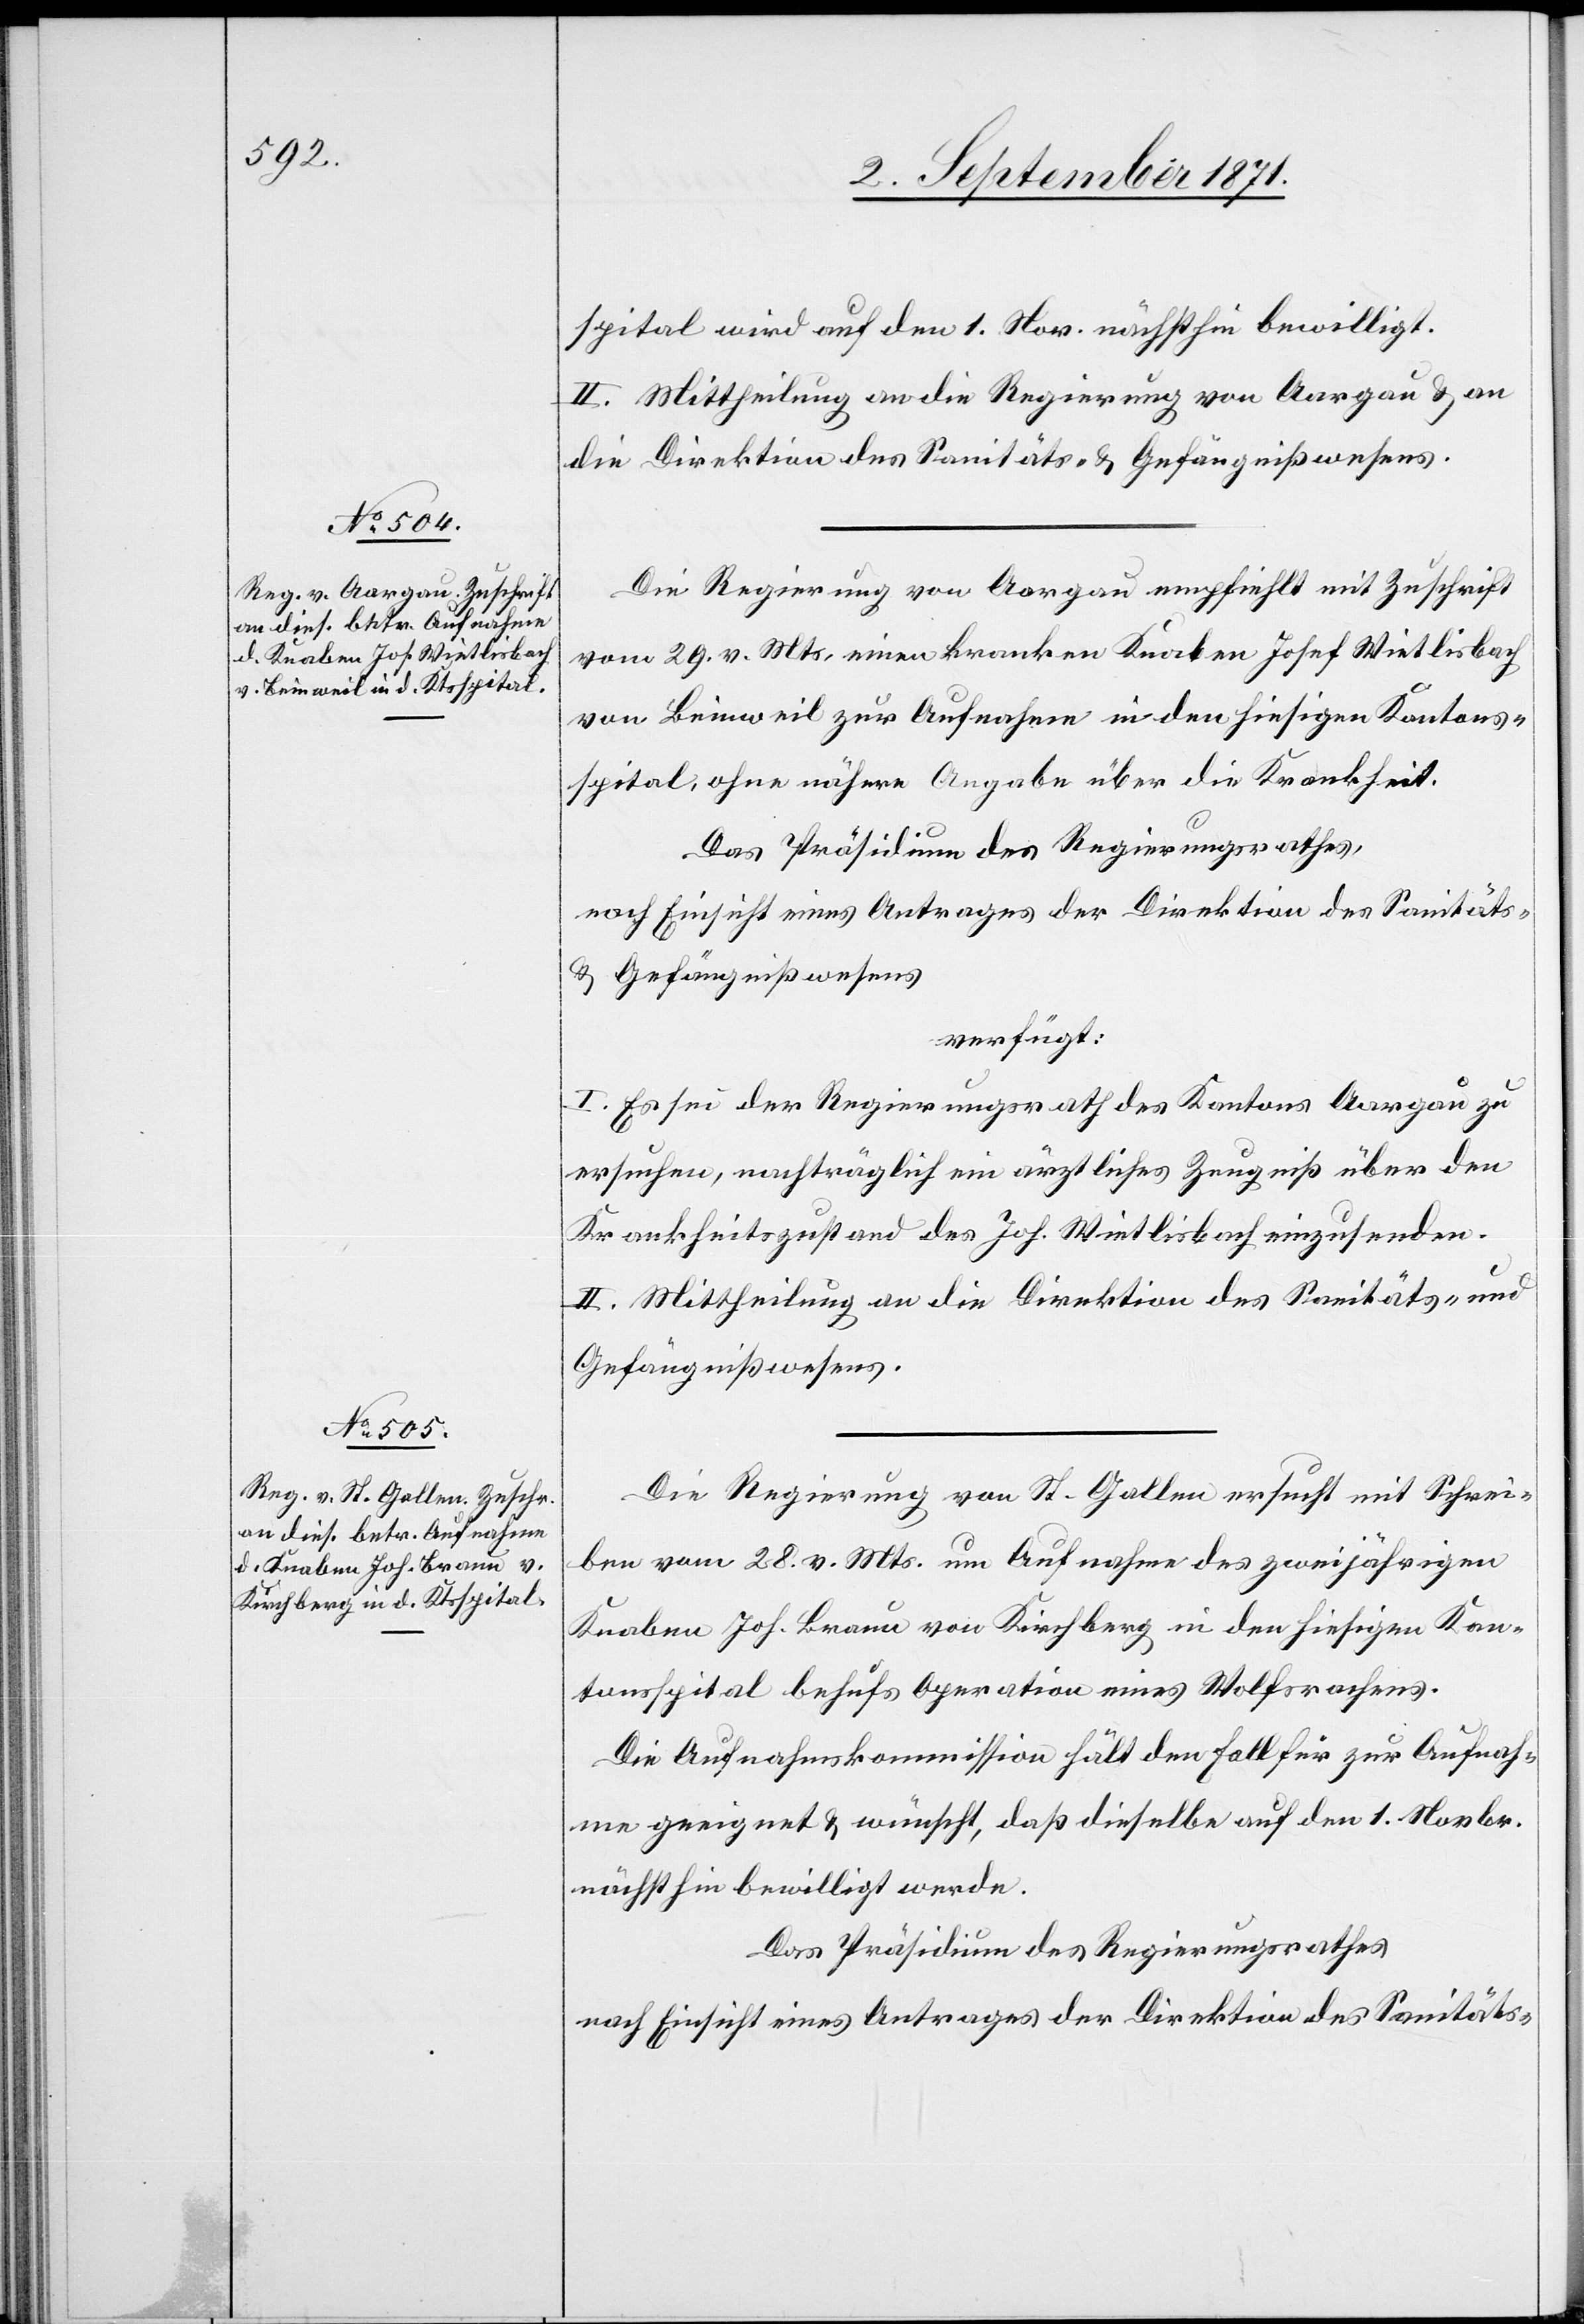
2. September 1871.]
spital wird auf den 1. Nov. nächsthin bewilligt.
II. Mittheilung an die Regierung von Aargau & an
die Direktion des Sanitäts- & Gefängnißwesens.
Die Regierung von Aargau empfiehlt mit Zuschrift
vom 29. v. Mts. einen kranken Knaben Josef Wietlisbach
von Beinweil zur Aufnahme in den hiesigen Kantons¬
spital, ohne nähere Angabe über die Krankheit.
Das Präsidium des Regierungsraths,
nach Einsicht eines Antrages der Direktion des Sanitäts-
& Gefängnißwesens
verfügt:
I. Es sei der Regierungsrath des Kantons Aargau zu
ersuchen, nachträglich ein ärztliches Zeugniß über den
Krankheitszustand des Jos. Wietlisbach einzusenden.
II. Mittheilung an die Direktion des Sanitäts- und
Gefängnißwesens.
Die Regierung von St. Gallen ersucht mit Schrei¬
ben vom 28. d. Mts um Aufnahme des zweijährigen
Knaben Joh. Braun von Kirchberg in den hiesigen Kan¬
tonsspital behufs Operation eines Wolfsrachens.
Die Aufnahmskommission hält den Fall für zur Aufnah¬
me geeignet & wünscht, daß dieselbe auf den 1. Novbr.
nächsthin bewilligt werde.
Das Präsidium des Regierungsrathes
nach Einsicht eines Antrages der Direktion des Sanitäts-